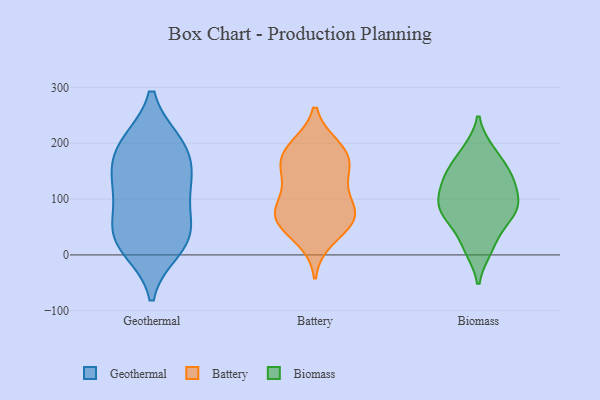
{"axis": {"x": "Energy Usage (MWh)", "y": "Value"}, "legend": ["Battery", "Biomass", "Geothermal"], "data": [{"x": "", "y": 145, "type": "Geothermal"}, {"x": "", "y": 195, "type": "Geothermal"}, {"x": "", "y": 38, "type": "Geothermal"}, {"x": "", "y": 150, "type": "Geothermal"}, {"x": "", "y": 200, "type": "Geothermal"}, {"x": "", "y": 109, "type": "Geothermal"}, {"x": "", "y": 62, "type": "Geothermal"}, {"x": "", "y": 21, "type": "Geothermal"}, {"x": "", "y": 11, "type": "Geothermal"}, {"x": "", "y": 199, "type": "Geothermal"}, {"x": "", "y": 119, "type": "Geothermal"}, {"x": "", "y": 37, "type": "Geothermal"}, {"x": "", "y": 80, "type": "Battery"}, {"x": "", "y": 130, "type": "Battery"}, {"x": "", "y": 172, "type": "Battery"}, {"x": "", "y": 193, "type": "Battery"}, {"x": "", "y": 76, "type": "Battery"}, {"x": "", "y": 177, "type": "Battery"}, {"x": "", "y": 83, "type": "Battery"}, {"x": "", "y": 191, "type": "Battery"}, {"x": "", "y": 61, "type": "Battery"}, {"x": "", "y": 65, "type": "Battery"}, {"x": "", "y": 157, "type": "Battery"}, {"x": "", "y": 59, "type": "Battery"}, {"x": "", "y": 28, "type": "Battery"}, {"x": "", "y": 133, "type": "Battery"}, {"x": "", "y": 72, "type": "Biomass"}, {"x": "", "y": 186, "type": "Biomass"}, {"x": "", "y": 84, "type": "Biomass"}, {"x": "", "y": 10, "type": "Biomass"}, {"x": "", "y": 84, "type": "Biomass"}, {"x": "", "y": 116, "type": "Biomass"}, {"x": "", "y": 136, "type": "Biomass"}, {"x": "", "y": 11, "type": "Biomass"}, {"x": "", "y": 138, "type": "Biomass"}, {"x": "", "y": 186, "type": "Biomass"}, {"x": "", "y": 120, "type": "Biomass"}, {"x": "", "y": 86, "type": "Biomass"}, {"x": "", "y": 89, "type": "Biomass"}, {"x": "", "y": 43, "type": "Biomass"}, {"x": "", "y": 150, "type": "Biomass"}, {"x": "", "y": 71, "type": "Biomass"}, {"x": "", "y": 151, "type": "Biomass"}]}